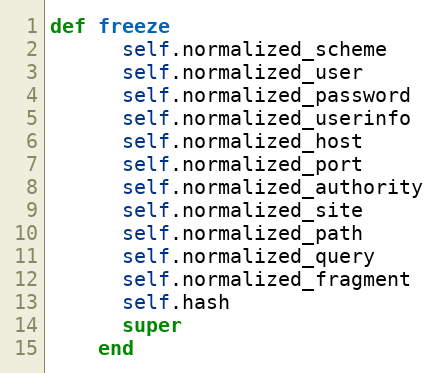
Language: Ruby
def freeze
      self.normalized_scheme
      self.normalized_user
      self.normalized_password
      self.normalized_userinfo
      self.normalized_host
      self.normalized_port
      self.normalized_authority
      self.normalized_site
      self.normalized_path
      self.normalized_query
      self.normalized_fragment
      self.hash
      super
    end